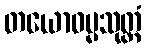
တယောဓမ္မသုတ္တံ